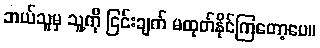
ဘယ်သူမှ သူ့ကို ငြင်းချက် မထုတ်နိုင်ကြတော့ပေ။